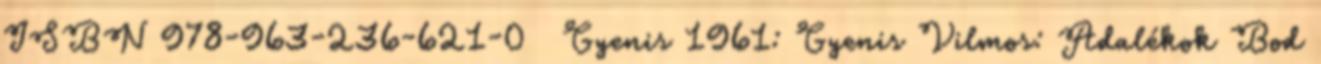
ISBN 978-963-236-621-0 ↑ Gyenis 1961: Gyenis Vilmos: Adalékok Bod